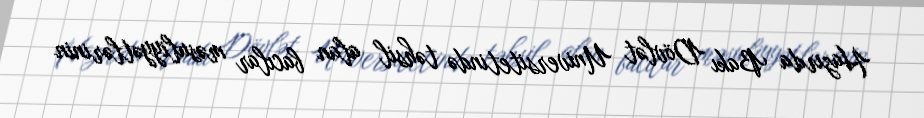
Hazırda Bakı Dövlət Universitetində təhsil alan bacılar məsuliyyətlərinin